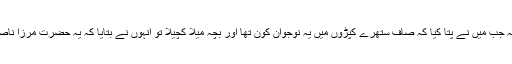
بہرحال کہتے ہیں کہ جب میں نے پتا کیا کہ صاف ستھرے کپڑوں میں یہ نوجوان کون تھا اور بچہ میلا کچیلا تو انہوں نے بتایا کہ یہ حضرت مرزا ناصر احمد صاحبؒ ہیں۔